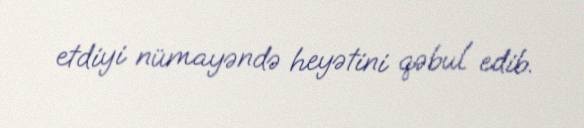
etdiyi nümayəndə heyətini qəbul edib.